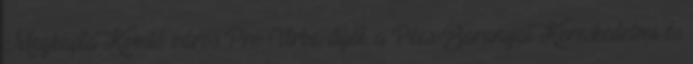
Megkapta Komló város Pro Urbe-díját, a Pécs-Baranyai Kereskedelmi és